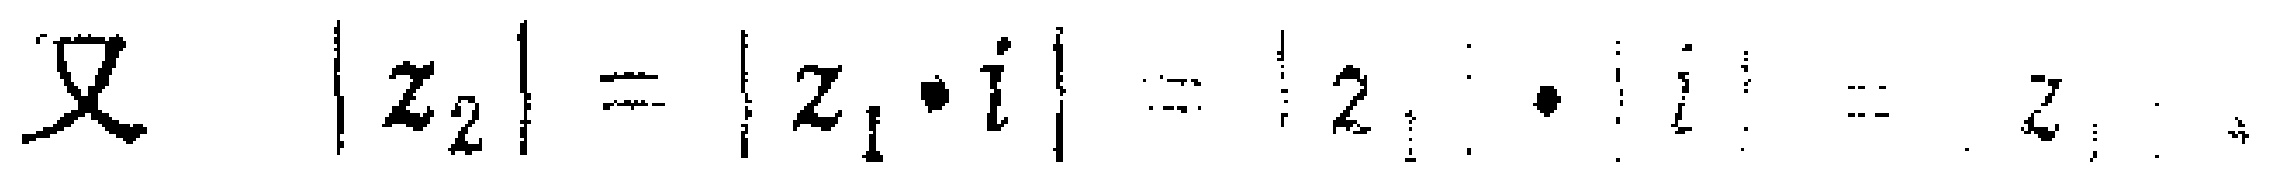
又 \(|z_{2}| = |z_{1}\cdot i| = |z_{1}|\cdot| i|=\)  \(z_{1}\)  。